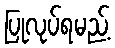
ပြုလုပ်ရမည့်